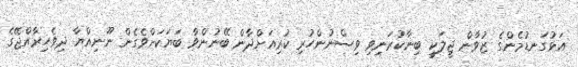
އަޅުގަނޑުމެންގެ ޒުވާން ޖީލަކީ ބިނާކުރަނިވި ވިސްނުންހުރި ކުރިއަށްދާން ބޭނުންވާ ބަޔަކަށްވެގެން ނޫނިއްޔާ ދިވެހިރާއްޖޭގެ